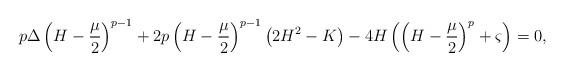
LaTeX: \begin{align*}p\Delta\left(H-\frac{\mu}{2}\right)^{p-1}+2p\left(H-\frac{\mu}{2}\right)^{p-1}\left(2H^2-K\right)-4H\left(\left(H-\frac{\mu}{2}\right)^{p}+\varsigma\right)=0,\end{align*}